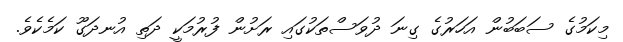
މިކަމުގެ ސަބަބުން އަހަރުގެ ގިނަ ދުވަސްތަކުގައި ރަށުން ފުރުމަކީ ދަތި އުނދަގޫ ކަމެކެވެ.